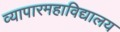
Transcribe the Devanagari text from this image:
व्यापारमहाविद्यालय